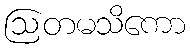
ဩတမသိကော